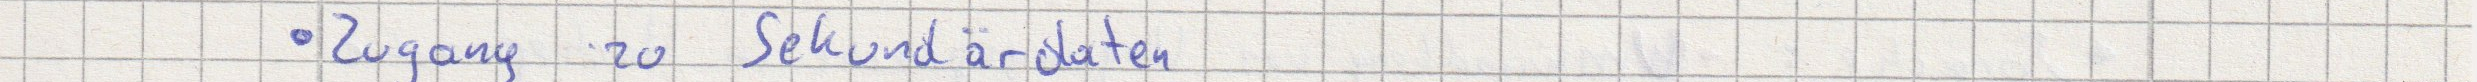
Zugang zu Sekundärdaten